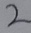
Text: 2